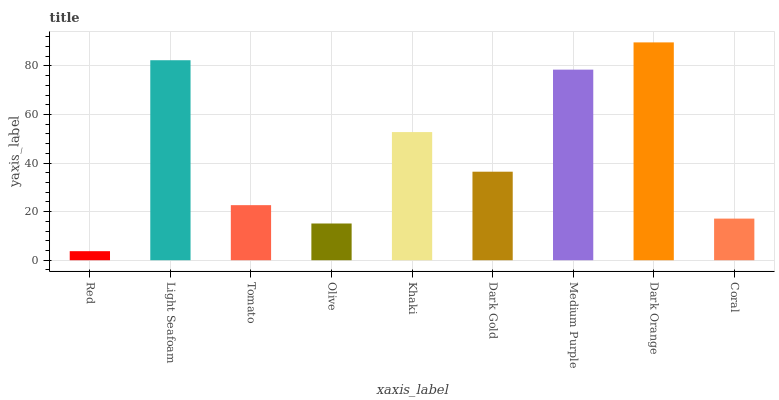
| xaxis_label | bars |
 | --- | --- |
 | Red | 3.73 |
 | Light Seafoam | 82.3 |
 | Tomato | 22.7 |
 | Olive | 15.1 |
 | Khaki | 52.8 |
 | Dark Gold | 36.4 |
 | Medium Purple | 78.5 |
 | Dark Orange | 89.7 |
 | Coral | 17.1 |